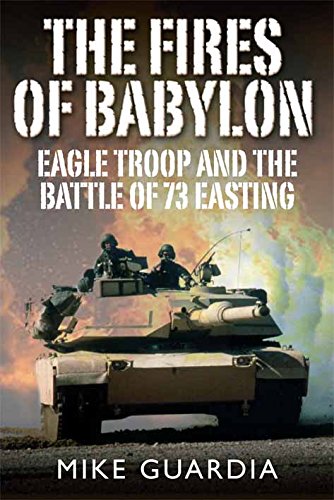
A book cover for The Fires of Babylon: Eagle Troop and the Battle of 73 Easting; Mike Guardia; History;